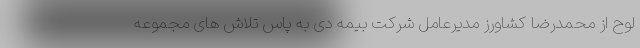
لوح از محمدرضا کشاورز مدیرعامل شرکت بیمه دی به پاس تلاش های مجموعه